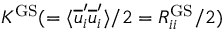
K ^ { \mathrm { G S } } ( = \langle \overline { { u } } _ { i } ^ { \prime } \overline { { u } } _ { i } ^ { \prime } \rangle / 2 = R _ { i i } ^ { \mathrm { G S } } / 2 )